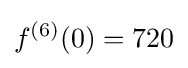
f^{(6)}(0)=720